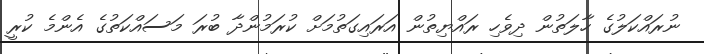
ނުރައްކަލުގެ ހާލަތުން ދިވެހި ރައްޔިތުން އަރައިގަތުމަށް ކުރަމުންދާ ބުރަ މަސައްކަތުގެ އެންމެ ކުރީ